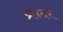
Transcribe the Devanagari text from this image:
फ्रादर